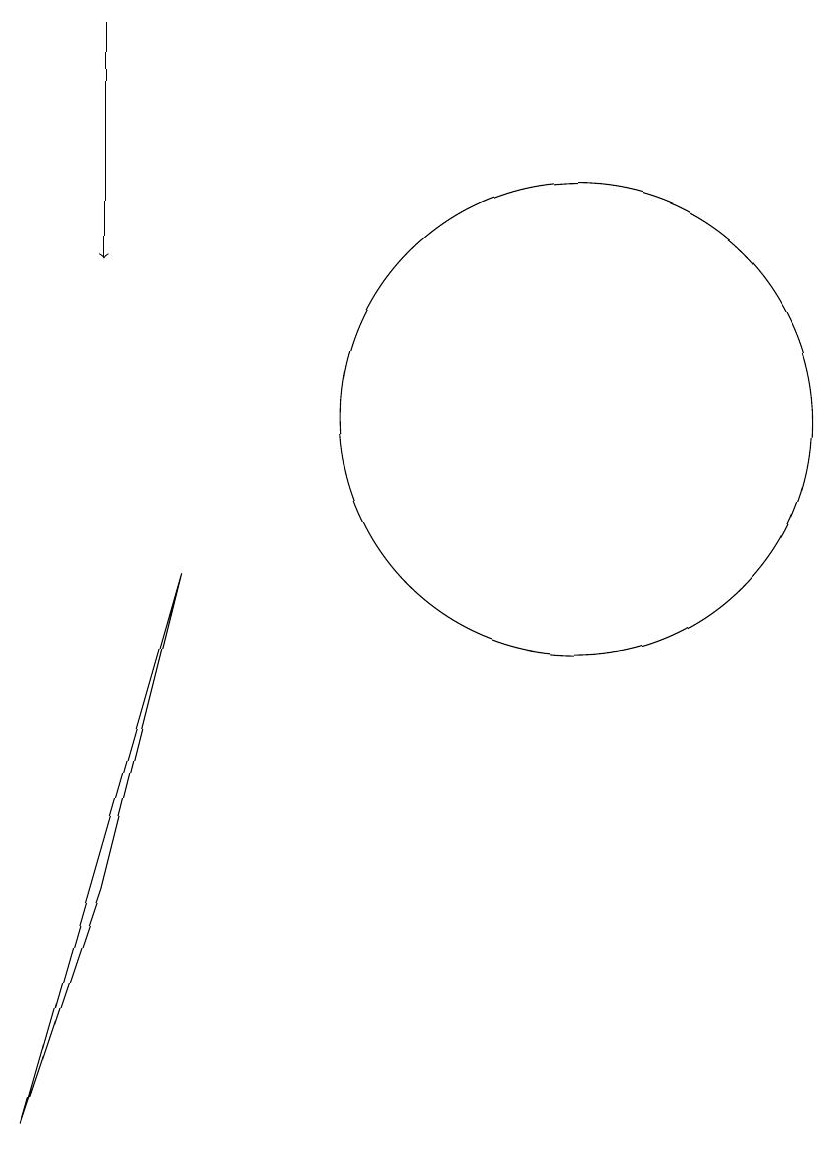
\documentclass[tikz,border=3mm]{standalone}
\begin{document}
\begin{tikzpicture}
\draw (5,4) -- (4,1) -- (6,8) -- cycle;
\draw (11,10) circle (3);
\draw[->] (5,15) -- (5,12);
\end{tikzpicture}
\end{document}